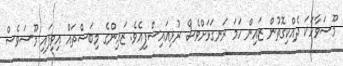
މޫސަވާހަކަ ދެއްކިގޮތުން ޒައިން ހަމަ ރަނގަޅަށްވެސް ރުޅިއައިސްފިއެވެ. ޒައިންގެ މިބަސްތައް އިވިފައި މޫސަވެސް